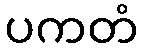
ပကတံ